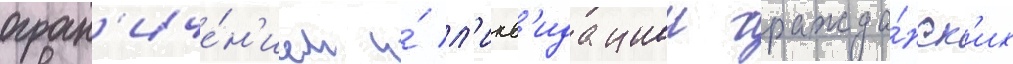
огран'иче́н'ием и́ л'икв'идациеи гражда́нск'их